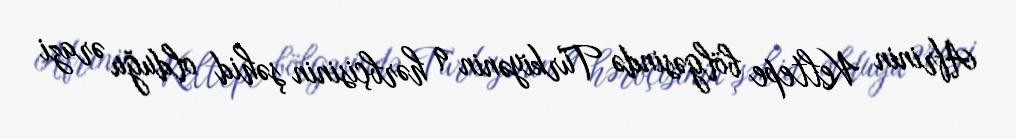
Afrinin Keltepe bölgəsində Türkiyənin 9 hərbçisinin şəhid olduğu ərazi